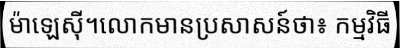
ម៉ាឡេស៊ី។លោកមានប្រសាសន៍ថា៖ កម្មវិធី